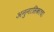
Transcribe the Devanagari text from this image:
अनुनासिकाचा